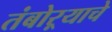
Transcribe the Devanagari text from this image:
तंबोऱ्याचे